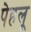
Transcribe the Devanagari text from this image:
पेहलू